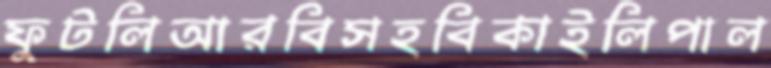
ফুটলিআরবিসহবিকাইলিপাল